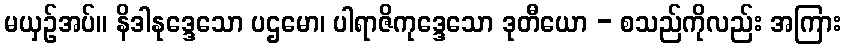
မယှဉ်အပ်။ နိဒါနုဒ္ဒေသော ပဌမော၊ ပါရာဇိကုဒ္ဒေသော ဒုတီယော - စသည်ကိုလည်း အကြား